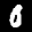
Label: 0